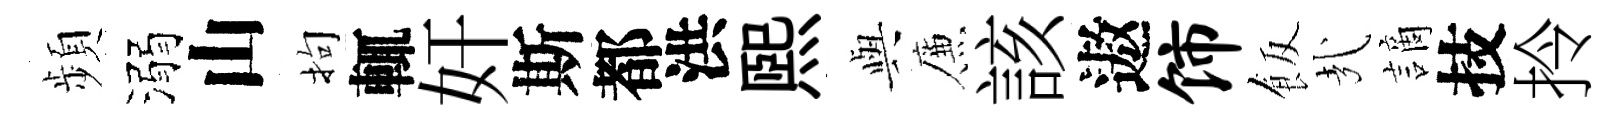
頻溺山拘輒奸斯都洪熙𫤰簾該遨饰飯㢤謫技拎